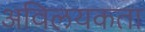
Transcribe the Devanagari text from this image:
अविलयकता